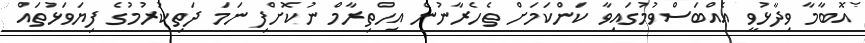
އޮބާމާ ވިދާޅުވީ އެއްބަސްވުމުގައިވާ ކަންކަމަށް ތެހެރާނުން އިހްތިރާމް ނުކޮށްފި ނަމަ ދަތިކުރުމުގެ ފިޔަވަޅުތައް